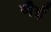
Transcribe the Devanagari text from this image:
नैई